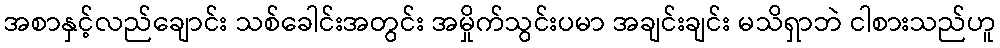
အစာနှင့်လည်ချောင်း သစ်ခေါင်းအတွင်း အမှိုက်သွင်းပမာ အချင်းချင်း မသိရှာဘဲ ငါစားသည်ဟူ